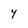
Character: Y